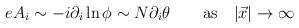
LaTeX: \begin{align*}e A_i\sim -i\partial_i \ln\phi \sim N\partial_i\theta \qquad {\rm as} \quad|\vec{x}|\to \infty\end{align*}